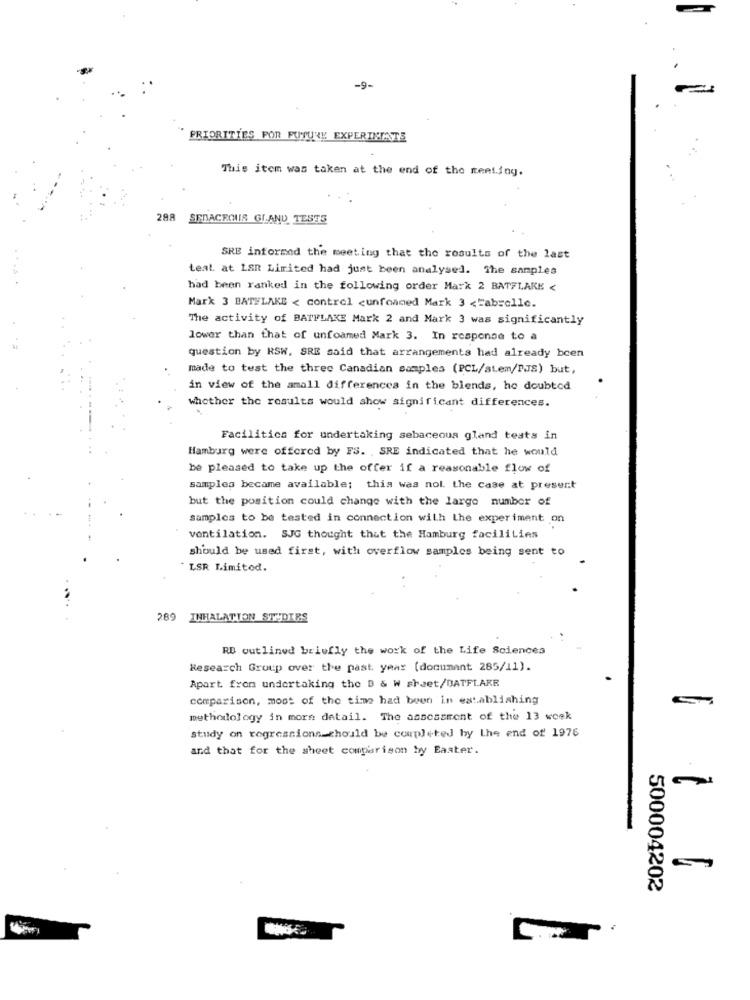
-9-
PRIORITIES FOR FUTURE EXPERIMENTS
This item was taken at the end of the meeting.
288
SERACROUS GLAND TESTS
SRE informed the meeting that the results of the last
teal. at LSR Limited had just been analysed. The samples
had been ranked in the following order Mark 2 BATFLAKE <
Mark 3 BATHLAKE < control <unfoamed Mark 3 <Fabrelle.
The activity of BATFLAKE Mark 2 and Mark 3 was significantly
lower than that of unfoamed Mark 3. In response to a
question by RSW. SRE said that arrangements had already been
made to test the three Canadian samples (PCL/stem/PJS) but,
in view of the amall differences in the blends, ho doubted
whether the results would show significant differences.
Facilities for undertaking sebaceous gland tests in
Hamburg were offered by FS. , SRE indicated that he would
be pleased to take up the offer if a reasonable flow of
samples became available; this was nol. the case at present
but the position could change with the large number of
samples to be tested in connection with Lhe experiment on
ventilation. SJG thought that the Hamburg facilities
should be used first, with overflow samples being sent to
LSR Limitod.
289 INHALATION STUDIRS
RB outlined briefly the work of the Life Sciences
Research Group over the past year (document 285/11).
Apart from undortaking the B & W sheet/BATFL.AKR
comparison, most of the time had been in establishing
methodology in more detail. The assessment of the 13 week
study on regressions should be completed by the end of 1976
and that for the sheet comparison by Easter.
500004202